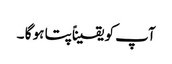
آپ کو یقیناًپتا ہو گا ۔